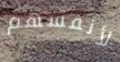
لأنفسهم